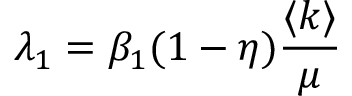
\lambda _ { 1 } = \beta _ { 1 } ( 1 - \eta ) \frac { \langle k \rangle } { \mu }